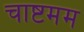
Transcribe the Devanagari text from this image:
चाष्टमम